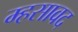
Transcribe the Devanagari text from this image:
म्हसावद